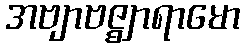
အဗျာဗဇ္ဈာရာမော